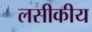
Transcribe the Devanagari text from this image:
लसीकीय